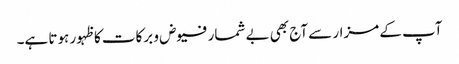
آپ کے مزار سے آج بھی بے شمار فیوض و برکات کا ظہور ہوتا ہے۔